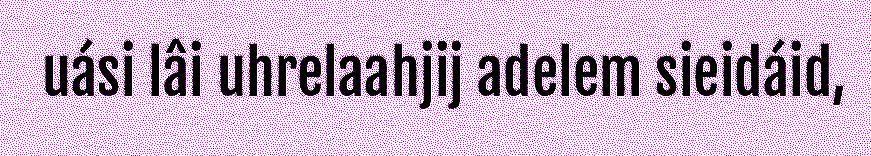
uási lâi uhrelaahjij adelem sieidáid,